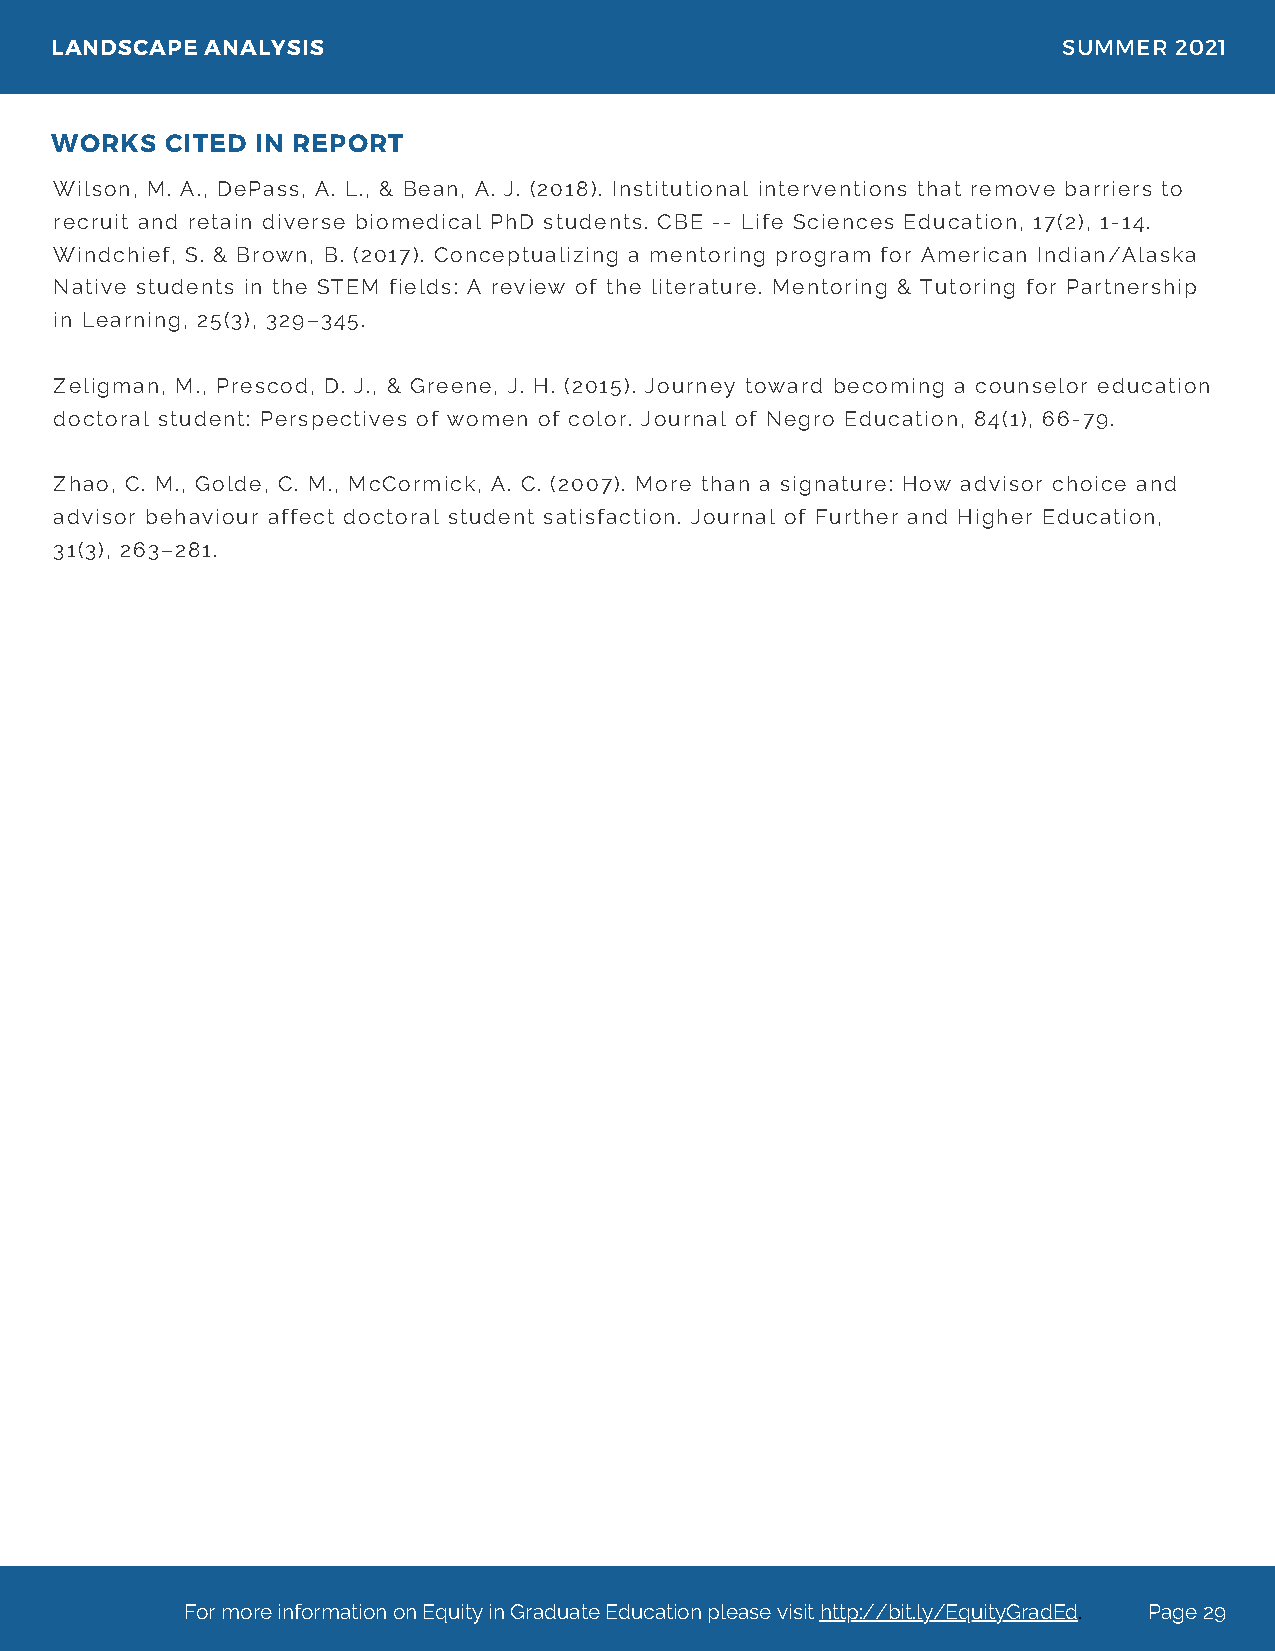
LANDSCAPE  ANALYSIS                                                SUMMER  2021
 WORKS   CITED IN REPORT
 Wilson, M. A., DePass, A. L., & Bean, A. J. (2018). Institutional interventions that remove barriers to
 recruit and retain diverse biomedical PhD students. CBE -- Life Sciences Education, 17(2), 1-14.
 Windchief, S. & Brown, B. (2017). Conceptualizing a mentoring program for American Indian/Alaska
 Native students in the STEM fields: A review of the literature. Mentoring & Tutoring for Partnership
 in Learning, 25(3), 329–345.
 Zeligman, M., Prescod, D. J., & Greene, J. H. (2015). Journey toward becoming a counselor education
 doctoral student: Perspectives of women of color. Journal of Negro Education, 84(1), 66-79.
 Zhao, C. M., Golde, C. M., McCormick, A. C. (2007). More than a signature: How advisor choice and
 advisor behaviour affect doctoral student satisfaction. Journal of Further and Higher Education,
 31(3), 263–281.
 For more information on Equity in Graduate Education please visit http://bit.ly/EquityGradEd. Page 29